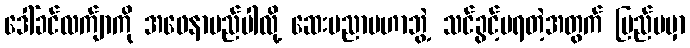
ဒေါ်ခင်လက်ျာကို အဖေနာမည်ပါလို့ ဆေးပညာမဟာဘွဲ့ သင်ခွင့်မရတဲ့အတွက် ပြည်ပမှာ